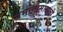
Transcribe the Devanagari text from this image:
समागामासाठी